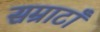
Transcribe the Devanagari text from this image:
सम्राटाँ